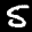
Label: 5